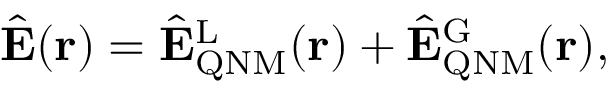
\begin{array} { r } { \hat { \mathbf { E } } ( \mathbf { r } ) = \hat { \mathbf { E } } _ { \mathrm { Q N M } } ^ { \mathrm { L } } ( \mathbf { r } ) + \hat { \mathbf { E } } _ { \mathrm { Q N M } } ^ { \mathrm { G } } ( \mathbf { r } ) , } \end{array}